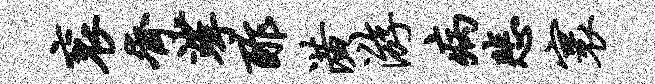
衮齐挲酢潢游病悲寰